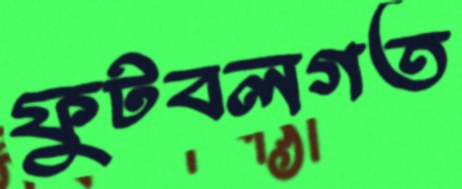
ফুটবলগত